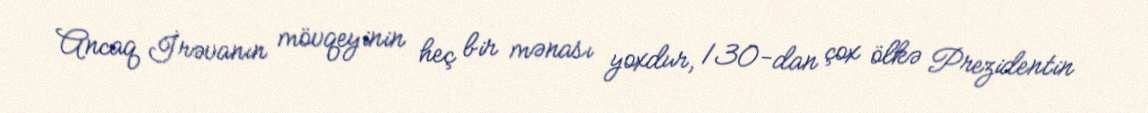
Ancaq İrəvanın mövqeyinin heç bir mənası yoxdur, 130-dan çox ölkə Prezidentin